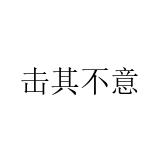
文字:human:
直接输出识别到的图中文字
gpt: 击其不意